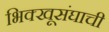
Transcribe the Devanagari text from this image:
भिक्खूसंघाची